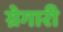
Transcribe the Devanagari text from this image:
ग्रेगारी